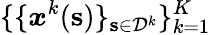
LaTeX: \{ \{ \boldsymbol{x}^{k}(\mathbf{s})\} _{\mathbf{s}\in\mathcal{D}^{k}}\} _{k=1}^{K}